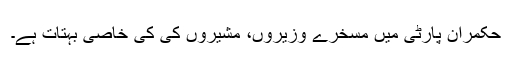
حکمران پارٹی میں مسخرے وزیروں، مشیروں کی کی خاصی بہتات ہے۔